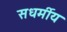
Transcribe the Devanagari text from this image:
सधर्मीय